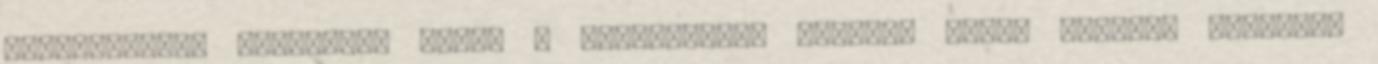
csereltettel kijelzot, hanem a korlatozott gyartoi garit vettted igenybe.